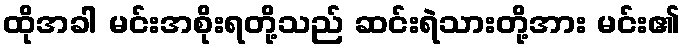
ထိုအခါ မင်းအစိုးရတို့သည် ဆင်းရဲသားတို့အား မင်း၏